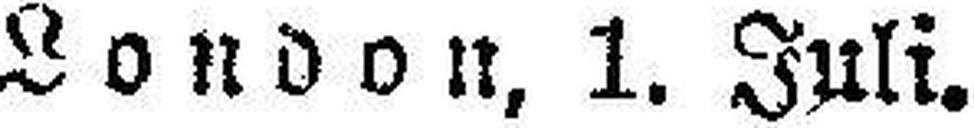
London, 1. Juli.